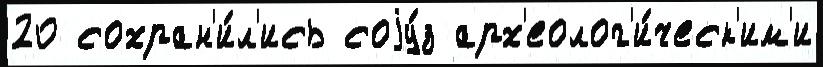
20 сохран'и́л'ись соjу́з арх'еолог'и́ческ'им'и